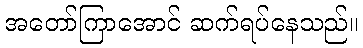
အတော်ကြာအောင် ဆက်ရပ်နေသည်။